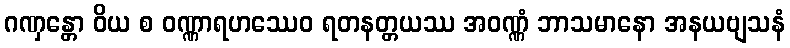
ဂဏှန္တော ဝိယ စ ဝဏ္ဏာရဟဿေဝ ရတနတ္တယဿ အဝဏ္ဏံ ဘာသမာနော အနယဗျသနံ